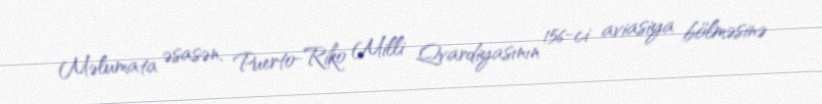
Məlumata əsasən, Puerto-Riko Milli Qvardiyasının 156-ci aviasiya bölməsinə